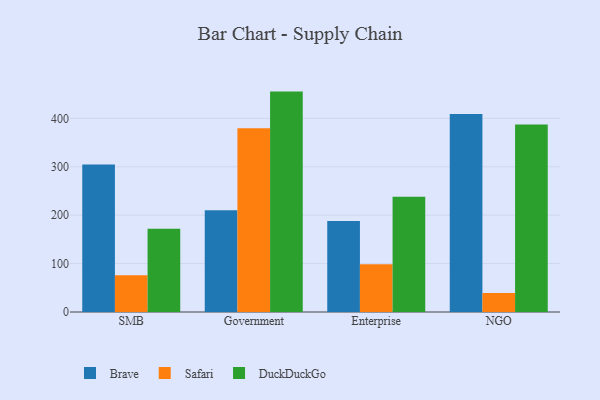
{"axis": {"x": "Segment", "y": "Conversion Rate (%)"}, "legend": ["Brave", "DuckDuckGo", "Safari"], "data": [{"x": "SMB", "y": 304.8, "type": "Brave"}, {"x": "SMB", "y": 76.1, "type": "Safari"}, {"x": "SMB", "y": 171.9, "type": "DuckDuckGo"}, {"x": "Government", "y": 210.3, "type": "Brave"}, {"x": "Government", "y": 379.7, "type": "Safari"}, {"x": "Government", "y": 455.2, "type": "DuckDuckGo"}, {"x": "Enterprise", "y": 188.2, "type": "Brave"}, {"x": "Enterprise", "y": 98.4, "type": "Safari"}, {"x": "Enterprise", "y": 238.1, "type": "DuckDuckGo"}, {"x": "NGO", "y": 409.1, "type": "Brave"}, {"x": "NGO", "y": 39.3, "type": "Safari"}, {"x": "NGO", "y": 387.1, "type": "DuckDuckGo"}]}